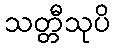
သတ္တီသုပိ